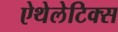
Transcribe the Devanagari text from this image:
ऐथेलेटिक्स